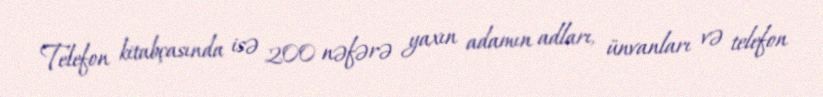
Telefon kitabçasında isə 200 nəfərə yaxın adamın adları, ünvanları və telefon